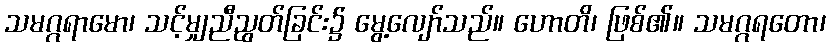
သမဂ္ဂရာမော၊ သင့်မျှညီညွတ်ခြင်း၌ မွေ့လျော်သည်။ ဟောတိ၊ ဖြစ်၏။ သမဂ္ဂရတော၊